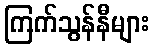
ကြက်သွန်နီများ